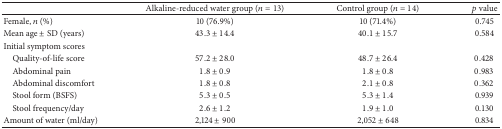
|  | Alkaline-reduced water group (n = 13) | Control group (n = 14) | p value |
 | --- | --- | --- | --- |
 | Female, n (%) | 10 (76.9%) | 10 (71.4%) | 0.745 |
 | Mean age ± SD (years) | 43.3 ± 14.4 | 40.1 ± 15.7 | 0.584 |
 | Initial symptom scores |  |  |  |
 | Quality-of-life score | 57.2 ± 28.0 | 48.7 ± 26.4 | 0.428 |
 | Abdominal pain | 1.8 ± 0.9 | 1.8 ± 0.8 | 0.983 |
 | Abdominal discomfort | 1.8 ± 0.8 | 2.1 ± 0.8 | 0.362 |
 | Stool form (BSFS) | 5.3 ± 0.5 | 5.3 ± 1.4 | 0.939 |
 | Stool frequency/day | 2.6 ± 1.2 | 1.9 ± 1.0 | 0.130 |
 | Amount of water (ml/day) | 2,124 ± 900 | 2,052 ± 648 | 0.834 |